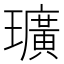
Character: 㼅